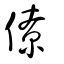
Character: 僚